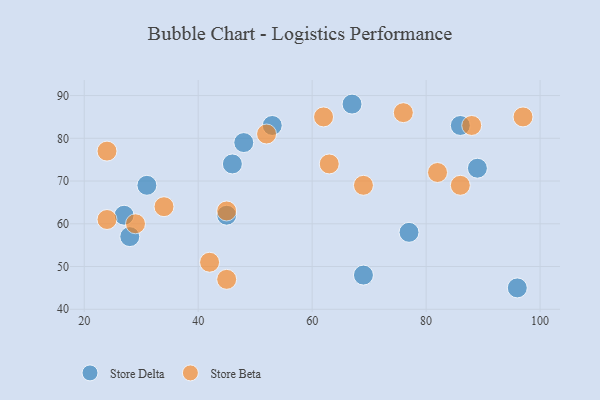
{"axis": {"x": "GDP", "y": "Life Expectancy"}, "legend": ["Store Beta", "Store Delta"], "data": [{"x": "45", "y": 62, "type": "Store Delta"}, {"x": "27", "y": 62, "type": "Store Delta"}, {"x": "28", "y": 57, "type": "Store Delta"}, {"x": "89", "y": 73, "type": "Store Delta"}, {"x": "67", "y": 88, "type": "Store Delta"}, {"x": "53", "y": 83, "type": "Store Delta"}, {"x": "48", "y": 79, "type": "Store Delta"}, {"x": "46", "y": 74, "type": "Store Delta"}, {"x": "96", "y": 45, "type": "Store Delta"}, {"x": "69", "y": 48, "type": "Store Delta"}, {"x": "77", "y": 58, "type": "Store Delta"}, {"x": "86", "y": 83, "type": "Store Delta"}, {"x": "31", "y": 69, "type": "Store Delta"}, {"x": "69", "y": 69, "type": "Store Beta"}, {"x": "24", "y": 77, "type": "Store Beta"}, {"x": "45", "y": 47, "type": "Store Beta"}, {"x": "97", "y": 85, "type": "Store Beta"}, {"x": "52", "y": 81, "type": "Store Beta"}, {"x": "86", "y": 69, "type": "Store Beta"}, {"x": "42", "y": 51, "type": "Store Beta"}, {"x": "29", "y": 60, "type": "Store Beta"}, {"x": "34", "y": 64, "type": "Store Beta"}, {"x": "63", "y": 74, "type": "Store Beta"}, {"x": "24", "y": 61, "type": "Store Beta"}, {"x": "76", "y": 86, "type": "Store Beta"}, {"x": "62", "y": 85, "type": "Store Beta"}, {"x": "88", "y": 83, "type": "Store Beta"}, {"x": "45", "y": 63, "type": "Store Beta"}, {"x": "82", "y": 72, "type": "Store Beta"}]}